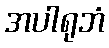
အပါရုဘံ